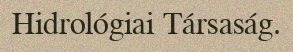
Hidrológiai Társaság.